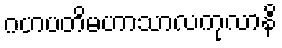
ဂဟပတိမဟာသာလကုလာနိ